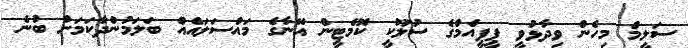
ސަލީމް މިހެން ވިދާޅުވީ ޕީޕީއެމްގެ ސުލޫކީ ކޮމެޓީން އޭނާގެ މައްސަލައެއް ބަލަމުންދާކަމަށް ބުނެ